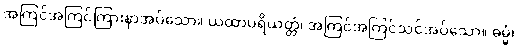
အကြင်အကြင်ကြားနာအပ်သော။ ယထာပရိယတ္တံ၊ အကြင်အကြင်သင်အပ်သော။ ဓမ္မံ၊